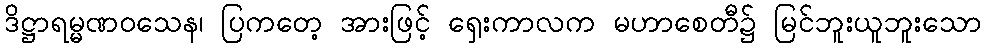
ဒိဋ္ဌာရမ္မဏဝသေန၊ ပြကတေ့ အားဖြင့် ရှေးကာလက မဟာစေတီ၌ မြင်ဘူးယူဘူးသော